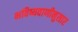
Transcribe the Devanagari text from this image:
भविष्यवाणीनुसार